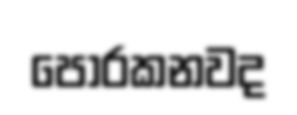
පොරකනවද